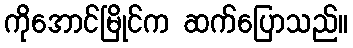
ကိုအောင်မြိုင်က ဆက်ပြောသည်။